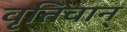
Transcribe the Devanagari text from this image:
वृत्तिवान्